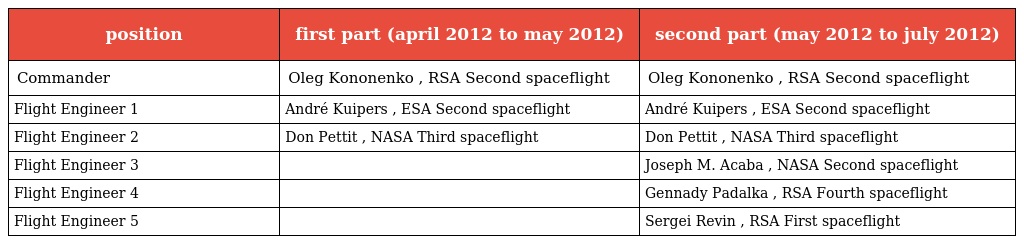
| position | first part (april 2012 to may 2012) | second part (may 2012 to july 2012) |
 | --- | --- | --- |
 | Commander | Oleg Kononenko , RSA Second spaceflight | Oleg Kononenko , RSA Second spaceflight |
 | Flight Engineer 1 | André Kuipers , ESA Second spaceflight | André Kuipers , ESA Second spaceflight |
 | Flight Engineer 2 | Don Pettit , NASA Third spaceflight | Don Pettit , NASA Third spaceflight |
 | Flight Engineer 3 |  | Joseph M. Acaba , NASA Second spaceflight |
 | Flight Engineer 4 |  | Gennady Padalka , RSA Fourth spaceflight |
 | Flight Engineer 5 |  | Sergei Revin , RSA First spaceflight |